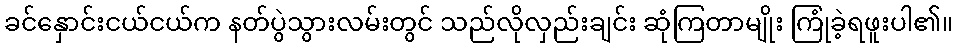
ခင်နှောင်းငယ်ငယ်က နတ်ပွဲသွားလမ်းတွင် သည်လိုလှည်းချင်း ဆုံကြတာမျိုး ကြုံခဲ့ရဖူးပါ၏။